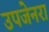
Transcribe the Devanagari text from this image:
उपजेनरा